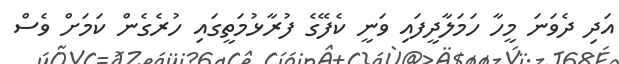
އަދި ދެވަނަ މީހާ ހަމަލާދީފައި ވަނީ ކެފޭގެ ފުރާޅުމަތީގައި ހުރެގެން ކަމަށް ވެސް